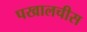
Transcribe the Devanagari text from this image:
पखालचीस